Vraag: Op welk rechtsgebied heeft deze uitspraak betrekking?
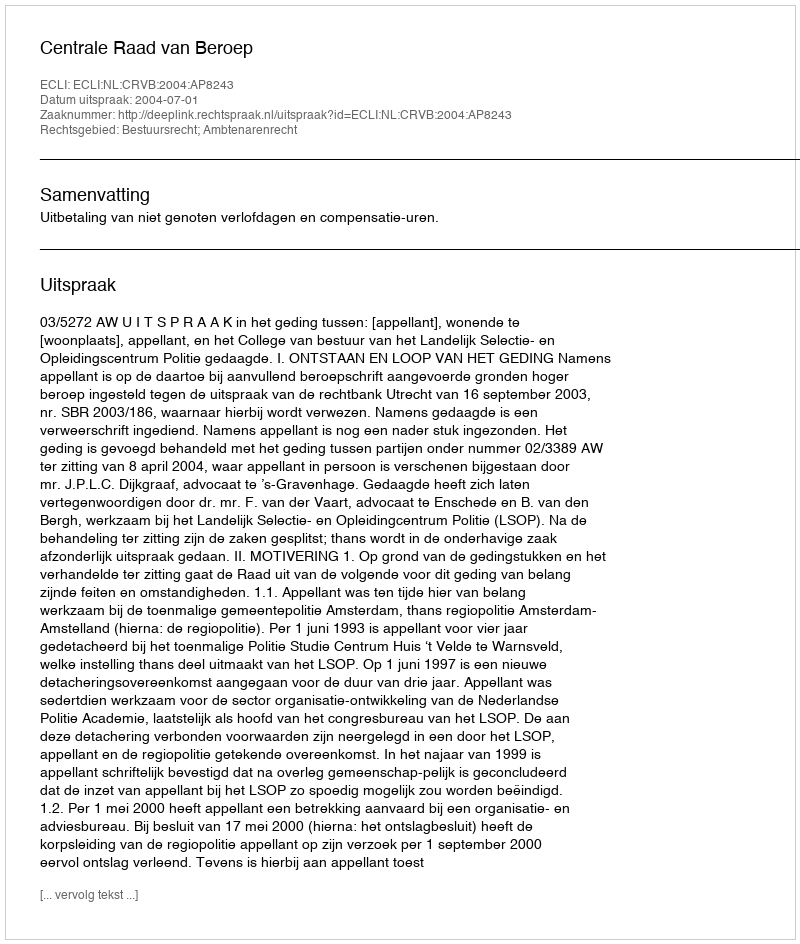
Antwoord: Bestuursrecht; Ambtenarenrecht